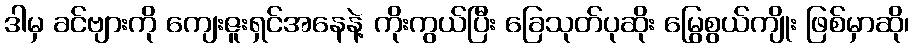
ဒါမှ ခင်ဗျားကို ကျေးဇူးရှင်အနေနဲ့ ကိုးကွယ်ပြီး ခြေသုတ်ပုဆိုး မြွေစွယ်ကျိုး ဖြစ်မှာဆို၊